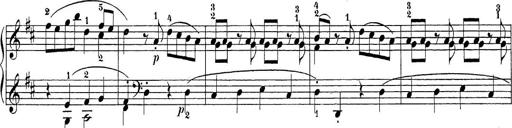
Title: Sonatina Album
Composer: Louis KÃ¶hler